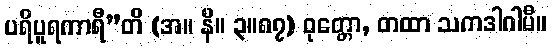
ပရိပူရကာရီ”တိ (အ။ နိ။ ၃။၈၇) ဝုတ္တော, တထာ သကဒါဂါမီ။